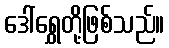
ဒေါ်ရွှေတို့ဖြစ်သည်။